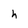
Character: h